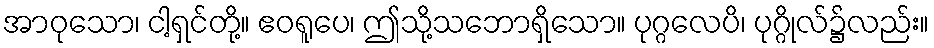
အာဝုသော၊ ငါ့ရှင်တို့။ ဧဝရူပေ၊ ဤသို့သဘောရှိသော။ ပုဂ္ဂလေပိ၊ ပုဂ္ဂိုလ်၌လည်း။